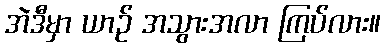
အဲဒီမှာ ယာဉ် အသွားအလာ ကြပ်လား။